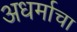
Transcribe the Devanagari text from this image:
अधर्माचा